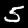
Digit: 5